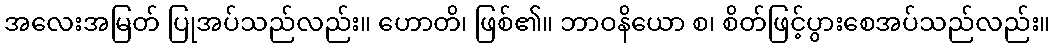
အလေးအမြတ် ပြုအပ်သည်လည်း။ ဟောတိ၊ ဖြစ်၏။ ဘာဝနိယော စ၊ စိတ်ဖြင့်ပွားစေအပ်သည်လည်း။